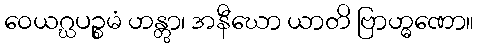
ဝေယဂ္ဃပဉ္စမံ ဟန္တွာ၊ အနီဃော ယာတိ ဗြာဟ္မဏော။